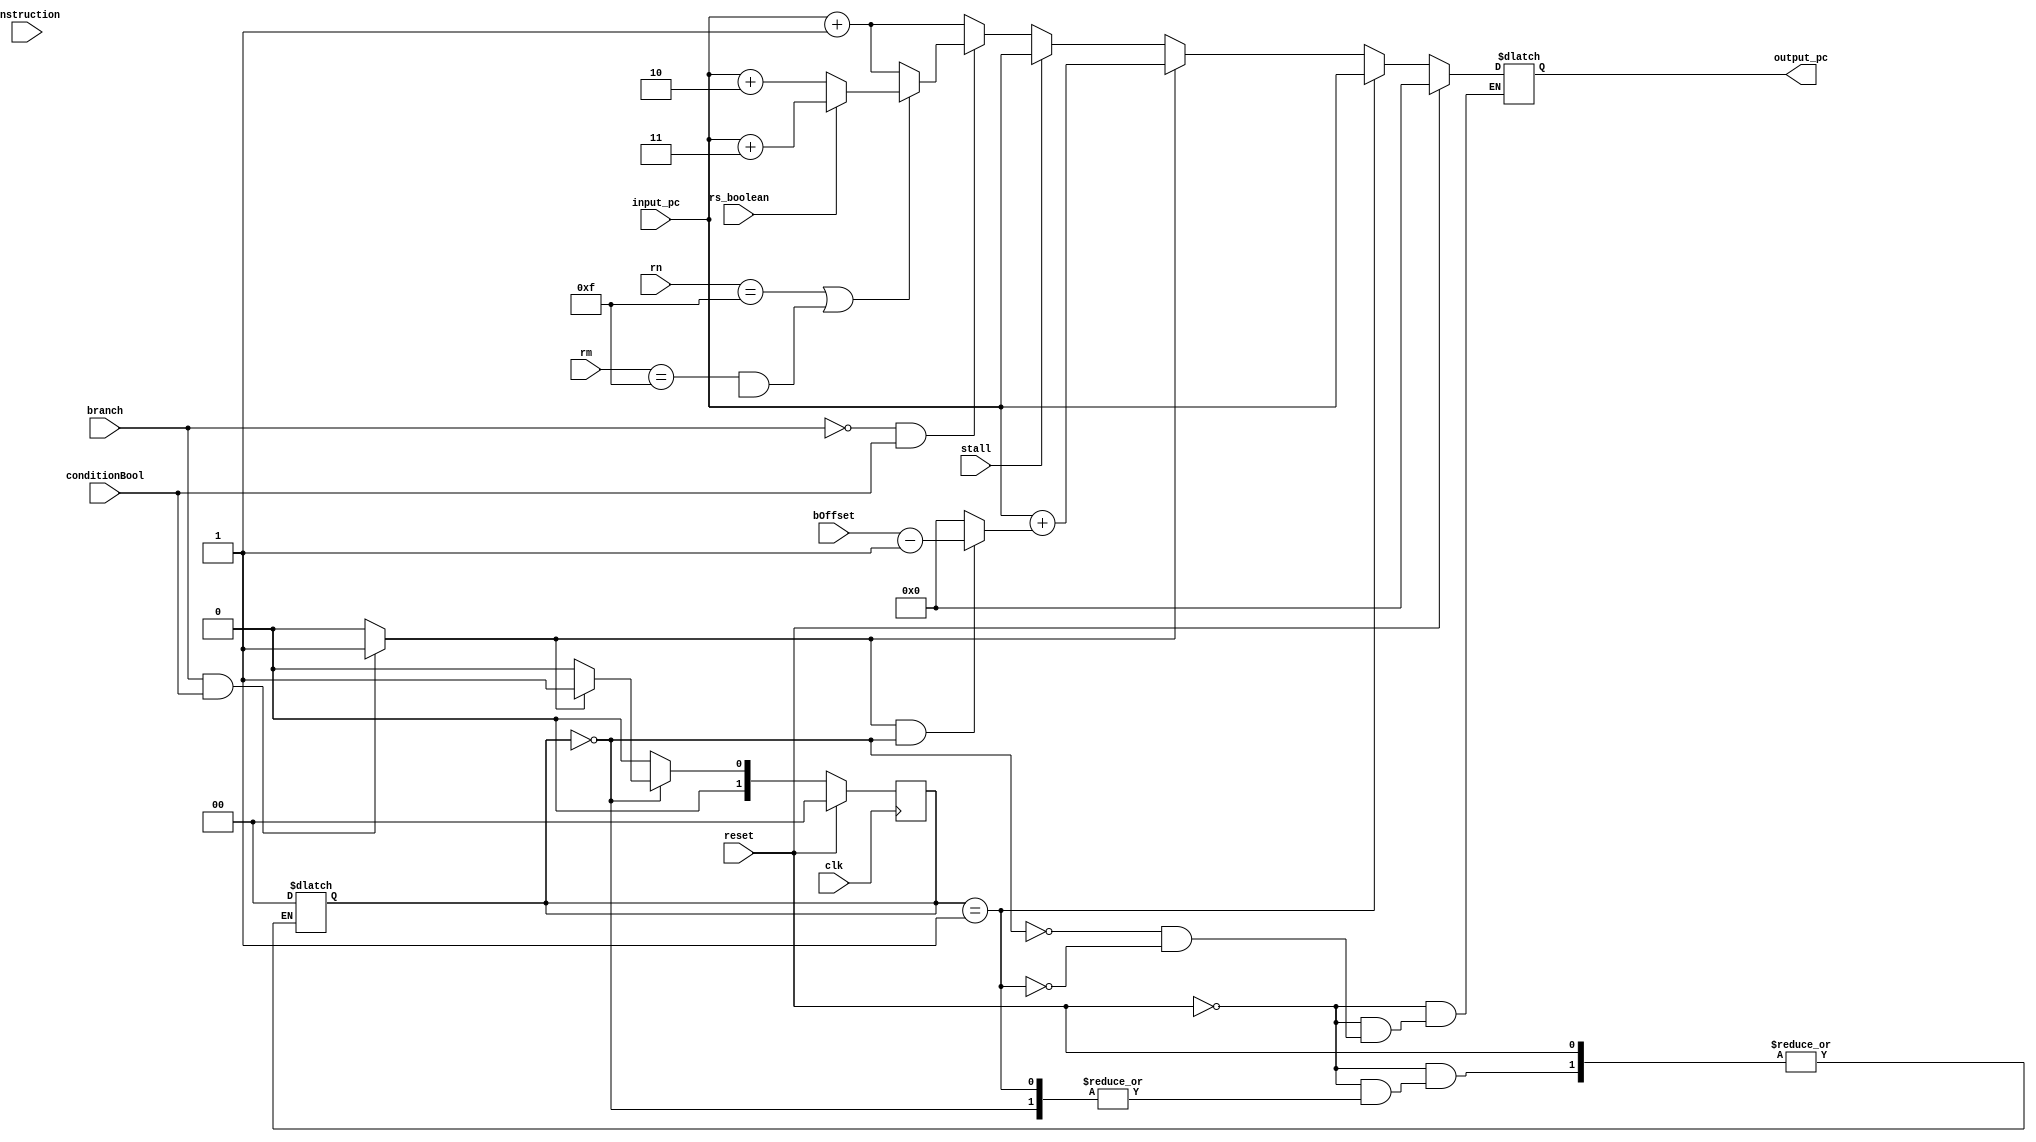
module pc(clk, reset, input_pc, rn, rm, stall, branch, bOffset, rs_boolean, conditionBool, output_pc, instruction );
  input wire clk, reset, branch, rs_boolean, conditionBool, stall;
  input wire [15:0] input_pc, bOffset, instruction;
  input wire [3:0] rn, rm;
  output reg [15:0] output_pc;

  reg stall_flag;
  reg [1:0] ps, ns;
  reg [15:0] offset;
  
  wire [1:0] typeOfInstruction;
  wire rm_flag;
  
  assign typeOfInstruction = instruction[27:26];

  assign rm_flag = (((typeOfInstruction == 2'b00)&&(~instruction[25]))||((typeOfInstruction == 2'b01)&&(instruction[25])));
  
  always @(*) begin

    if (reset) begin 
	 
		output_pc = 16'b0;
		stall_flag = 0;
		offset = 16'b0;
		ns = 1'b0;
	 end
	 else begin


		 if (branch && conditionBool) stall_flag = 1;
		 else stall_flag = 0;
			
		 if (stall_flag && (ps == 2'b00)) offset = bOffset-1;
		 else offset = 16'b0;
		 
		 case(ps)
			1'b0: begin

			  if (stall_flag) begin 
					ns = 1'b1;
					output_pc = input_pc + offset;
			  end
			  else begin 
				  ns = 1'b0;
				  //Prefetch logic
				if (stall) output_pc = input_pc;
				else begin
					if (!branch && conditionBool) begin
						if ((rn==4'b1111) || ((rm==4'b1111)&&rm_flag)) begin
						  if (rs_boolean) output_pc = input_pc + (3);
						  else output_pc = input_pc + (2);
						end
						else output_pc = input_pc + (1);
					end
					else output_pc = input_pc + (1);
					 
				end
				 
			  end
			end
			1'b1: begin 
				ns = 1'b0;
				output_pc = input_pc;
			end
			default: begin
			  ns = 1'b0;
			  ps = 1'b0;
			end
		 endcase
	 end
  end

  always @(posedge clk) begin
    if (reset) ps <= 1'b0;
    else ps <= ns;
  end

endmodule